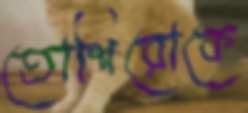
তোশিরোকে